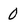
Character: 0